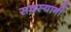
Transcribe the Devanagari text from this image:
सदस्यानी